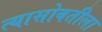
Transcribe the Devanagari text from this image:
त्यासोबतीला